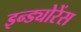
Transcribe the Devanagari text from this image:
इन्ड्योरेंस